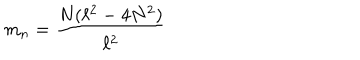
m _ { n } = \frac { N ( \ell ^ { 2 } - 4 N ^ { 2 } ) } { \ell ^ { 2 } }